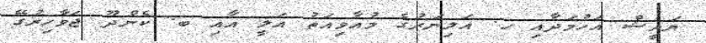
ޔައީޝް އަހުމަދާއި ހ. އަލިނަރުގެ މުއާވިއަތު އަލީ އާއި ބ. ކެންދޫ ޖަވާހިރުގޭ